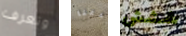
وتعرف يدعنا ششش